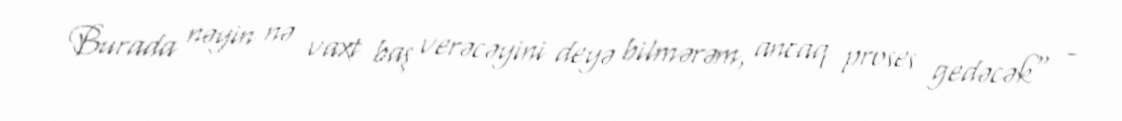
Burada nəyin nə vaxt baş verəcəyini deyə bilmərəm, ancaq proses gedəcək" -